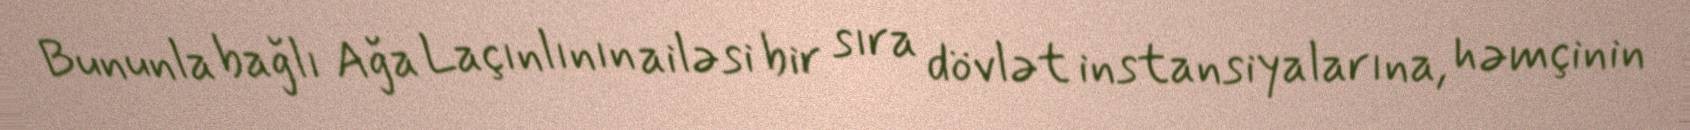
Bununla bağlı Ağa Laçınlının ailəsi bir sıra dövlət instansiyalarına, həmçinin